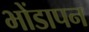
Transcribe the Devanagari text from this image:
भोंडापन